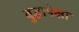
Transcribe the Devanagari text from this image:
बुद्धापेक्षा